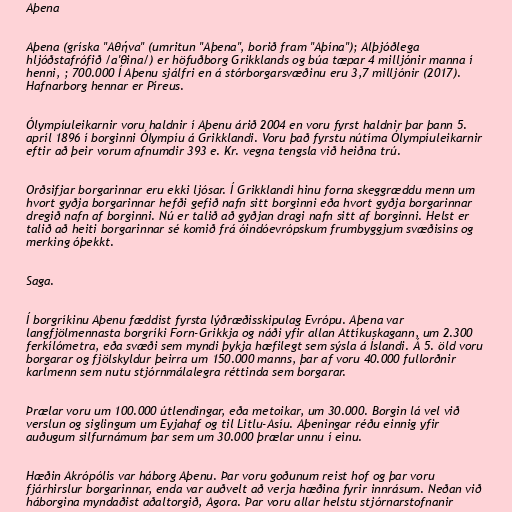
Aþena

Aþena (gríska "Αθήνα" (umritun "Aþena", borið fram "Aþína"); Alþjóðlega
hljóðstafrófið /a'θina/) er höfuðborg Grikklands og búa tæpar 4 milljónir manna í
henni, ; 700.000 Í Aþenu sjálfri en á stórborgarsvæðinu eru 3,7 milljónir (2017).
Hafnarborg hennar er Píreus.

Ólympíuleikarnir voru haldnir í Aþenu árið 2004 en voru fyrst haldnir þar þann 5.
apríl 1896 í borginni Ólympíu á Grikklandi. Voru það fyrstu nútíma Ólympíuleikarnir
eftir að þeir vorum afnumdir 393 e. Kr. vegna tengsla við heiðna trú.

Orðsifjar borgarinnar eru ekki ljósar. Í Grikklandi hinu forna skeggræddu menn um
hvort gyðja borgarinnar hefði gefið nafn sitt borginni eða hvort gyðja borgarinnar
dregið nafn af borginni. Nú er talið að gyðjan dragi nafn sitt af borginni. Helst er
talið að heiti borgarinnar sé komið frá óindóevrópskum frumbyggjum svæðisins og
merking óþekkt.

Saga.

Í borgríkinu Aþenu fæddist fyrsta lýðræðisskipulag Evrópu. Aþena var
langfjölmennasta borgríki Forn-Grikkja og náði yfir allan Attíkuskagann, um 2.300
ferkílómetra, eða svæði sem myndi þykja hæfilegt sem sýsla á Íslandi. Á 5. öld voru
borgarar og fjölskyldur þeirra um 150.000 manns, þar af voru 40.000 fullorðnir
karlmenn sem nutu stjórnmálalegra réttinda sem borgarar.

Þrælar voru um 100.000 útlendingar, eða metoikar, um 30.000. Borgin lá vel við
verslun og siglingum um Eyjahaf og til Litlu-Asíu. Aþeningar réðu einnig yfir
auðugum silfurnámum þar sem um 30.000 þrælar unnu í einu.

Hæðin Akrópólis var háborg Aþenu. Þar voru goðunum reist hof og þar voru
fjárhirslur borgarinnar, enda var auðvelt að verja hæðina fyrir innrásum. Neðan við
háborgina myndaðist aðaltorgið, Agora. Þar voru allar helstu stjórnarstofnanir